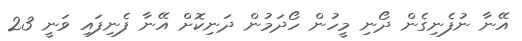
އޭނާ ނުފެނިގެން ދޯނި މީހުން ހޯދަމުން ދަނިކޮށް އޭނާ ފެނިފައި ވަނީ 23